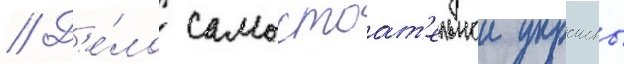
// Д'е́ло самостоат'ельнои украины